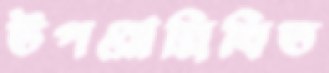
উপরোল্লিখিত